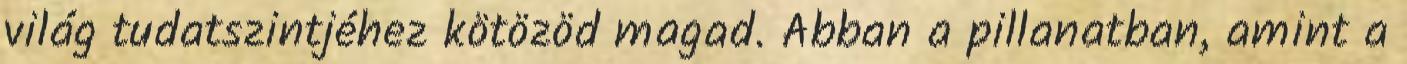
világ tudatszintjéhez kötözöd magad. Abban a pillanatban, amint a